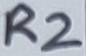
Text: R2